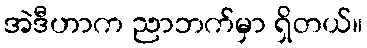
အဲဒီဟာက ညာဘက်မှာ ရှိတယ်။